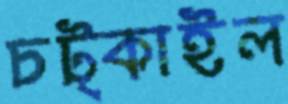
চট্‌কাইল